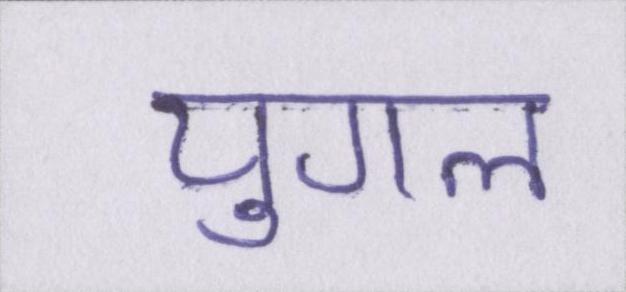
युगल